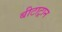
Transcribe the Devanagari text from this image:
बीटाट्रान